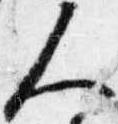
人